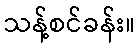
သန့်စင်ခန်း။